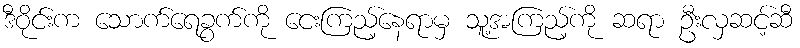
ဒီဝိုင်းက သောက်ရေခွက်ကို ငေးကြည့်နေရာမှ သူ့အကြည့်ကို ဆရာ ဦးလှဆင့်ဆီ